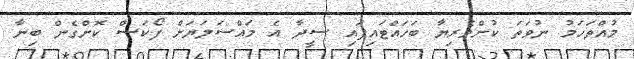
މުއްތަހަމު ނުވަތަ ކުށްވެރިޔާ ބަހައްޓައިފައި ސީދާ އެ މައްސަލަޔަށް ފޯކަސް ކޮށްގެން ބިނާ